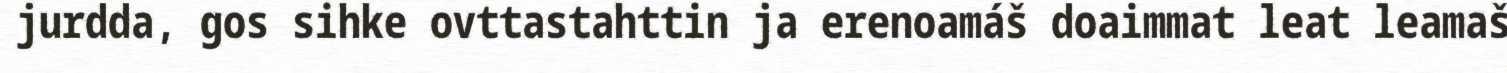
jurdda, gos sihke ovttastahttin ja erenoamáš doaimmat leat leamaš